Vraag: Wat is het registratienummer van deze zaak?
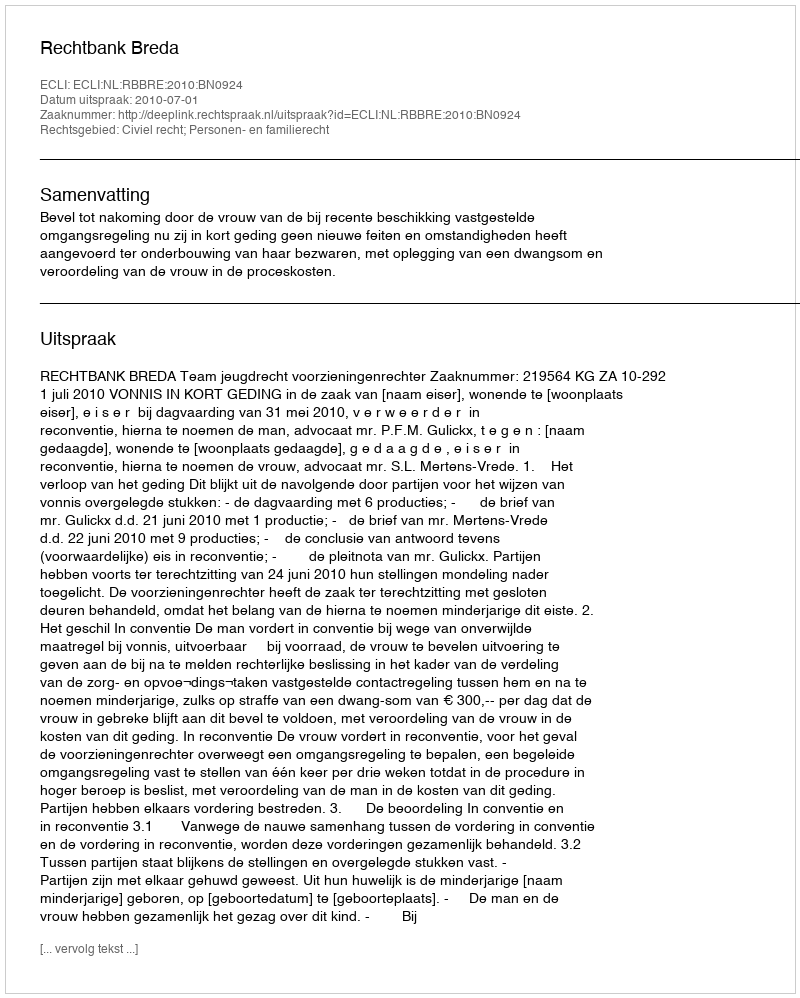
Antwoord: http://deeplink.rechtspraak.nl/uitspraak?id=ECLI:NL:RBBRE:2010:BN0924